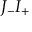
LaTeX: J _ { - } I _ { + }